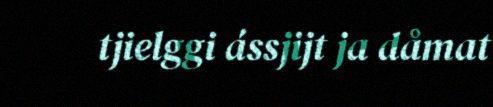
tjielggi ássjijt ja dåmat